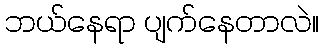
ဘယ်နေရာ ပျက်နေတာလဲ။